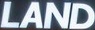
LAND